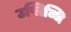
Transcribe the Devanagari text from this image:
उप्लिब्धि